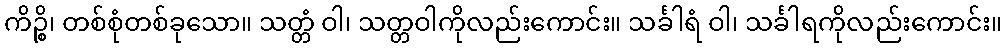
ကိဉ္စိ၊ တစ်စုံတစ်ခုသော။ သတ္တံ ဝါ၊ သတ္တဝါကိုလည်းကောင်း။ သင်္ခါရံ ဝါ၊ သင်္ခါရကိုလည်းကောင်း။